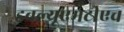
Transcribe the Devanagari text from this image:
डबल्यूएमटीएच